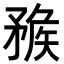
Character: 𥍶